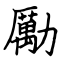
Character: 勵